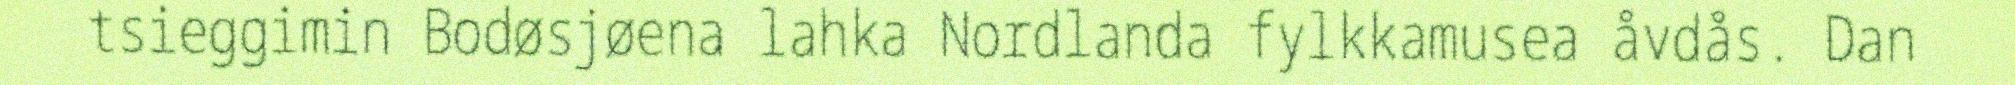
tsieggimin Bodøsjøena lahka Nordlanda fylkkamusea åvdås. Dan